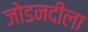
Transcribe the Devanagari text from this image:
जोडनदीला